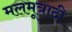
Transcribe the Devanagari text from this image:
मलमूत्रादी